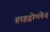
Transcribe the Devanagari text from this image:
हाइड्रोप्लेन